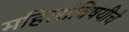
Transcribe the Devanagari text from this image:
महिलांविषयीचे